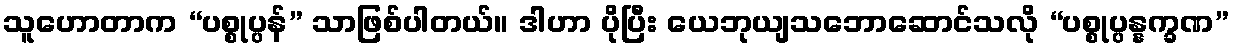
သူဟောတာက “ပစ္စုပ္ပန်” သာဖြစ်ပါတယ်။ ဒါဟာ ပိုပြီး ယေဘုယျသဘောဆောင်သလို “ပစ္စုပ္ပန္နက္ခဏ”